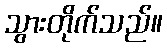
သွားတိုက်သည်။